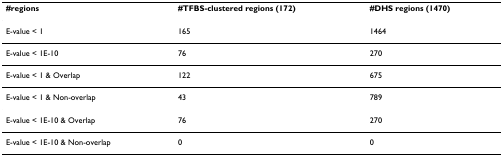
| #regions | #TFBS-clustered regions (172) | #DHS regions (1470) |
 | --- | --- | --- |
 | E-value < 1 | 165 | 1464 |
 | E-value < 1E-10 | 76 | 270 |
 | E-value < 1 & Overlap | 122 | 675 |
 | E-value < 1 & Non-overlap | 43 | 789 |
 | E-value < 1E-10 & Overlap | 76 | 270 |
 | E-value < 1E-10 & Non-overlap | 0 | 0 |